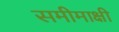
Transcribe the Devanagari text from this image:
समीमाक्षी